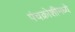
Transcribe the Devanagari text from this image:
पंचक्रोशीमध्ये